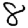
Digit: 8